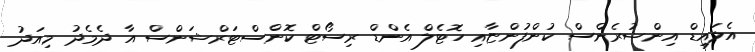
އެލައިޑް އިންޝުރެންސް ކުންފުންޏާއި ހޮޓެލް އެންޑް ރިސޯޓް ކޮންސްޓަރްޝަންސް އާ ދެމެދު މިއަދު